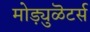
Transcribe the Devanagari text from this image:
मोड्य़ुळॆटर्स